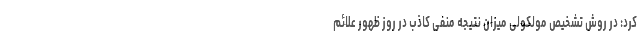
کرد: در روش تشخیص مولکولی میزان نتیجه منفی کاذب در روز ظهور علائم